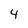
Character: 4